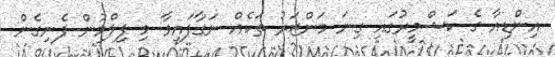
އިންޑިއާ ގެ ކަޝްމީރުގައި ގިނަ މަންޒަރު ތަކެއް ނަގާފައިވާ މި ފިލްމުން ފެނިގެން